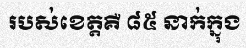
របស់ខេត្តគឺ ៨៥ នាក់ក្នុង